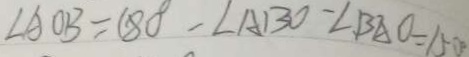
\angle A O B = 1 8 0 ^ { \circ } - \angle A B O - \angle B A O = 1 5 0 ^ { \circ }